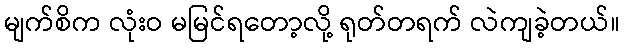
မျက်စိက လုံးဝ မမြင်ရတော့လို့ ရုတ်တရက် လဲကျခဲ့တယ်။